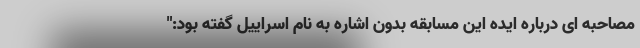
مصاحبه ای درباره ایده این مسابقه بدون اشاره به نام اسراییل گفته بود:"